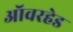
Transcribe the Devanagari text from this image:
ऑवरहेड